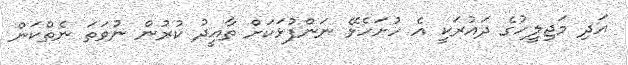
އަދި މަޖިލީހުގެ ދައުރަކީ އެ ހުށަހެޅޭ ނަންފުޅަކަށް ތާއީދު ކުރުން ނުވަތަ ނެތްކަން